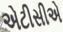
એટીસીએ